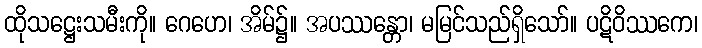
ထိုသဋ္ဌေးသမီးကို။ ဂေဟေ၊ အိမ်၌။ အပဿန္တော၊ မမြင်သည်ရှိသော်။ ပဋိဝိဿကေ၊